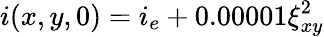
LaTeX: i(x,y,0)=i_{e}+0.00001\xi_{xy}^{2}